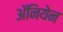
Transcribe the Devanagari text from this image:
अॅनियेन